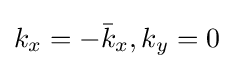
k_{x}=-{\bar {k}}_{x},k_{y}=0